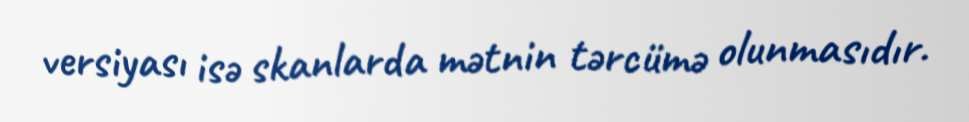
versiyası isə skanlarda mətnin tərcümə olunmasıdır.